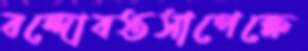
বন্দোবস্তসাপেক্ষে